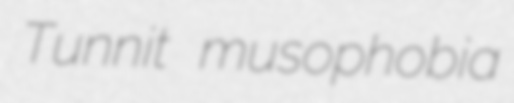
Tunnit musophobia